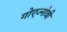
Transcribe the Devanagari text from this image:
गोएज्नोवी